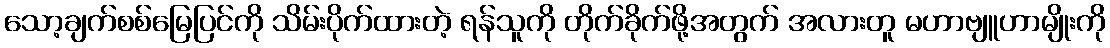
သော့ချက်စစ်မြေပြင်ကို သိမ်းပိုက်ထားတဲ့ ရန်သူကို တိုက်ခိုက်ဖို့အတွက် အလားတူ မဟာဗျူဟာမျိုးကို